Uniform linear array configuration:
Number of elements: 32
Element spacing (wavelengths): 0.5
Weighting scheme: binomial
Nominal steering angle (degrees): -60
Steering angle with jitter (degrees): -61.393
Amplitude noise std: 0.05
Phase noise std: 0.05

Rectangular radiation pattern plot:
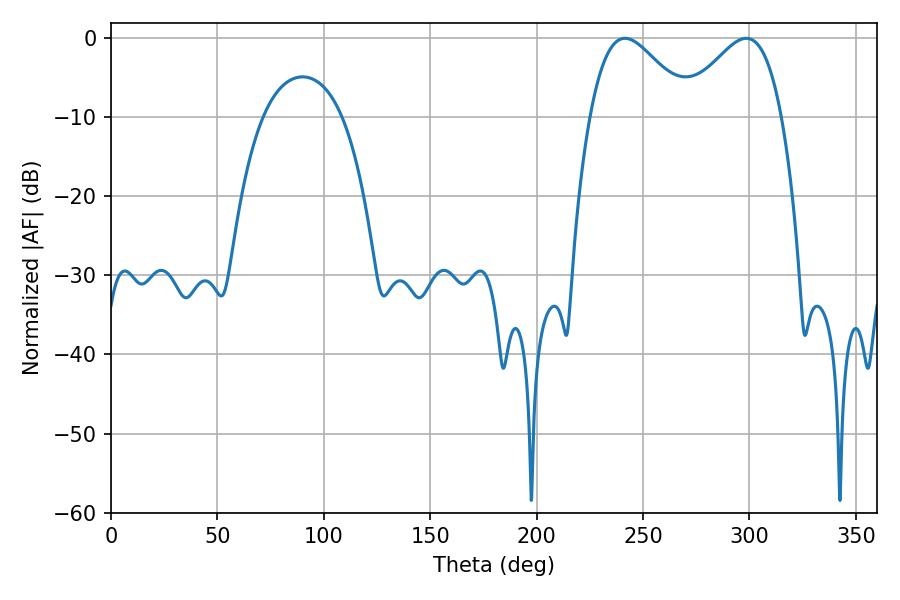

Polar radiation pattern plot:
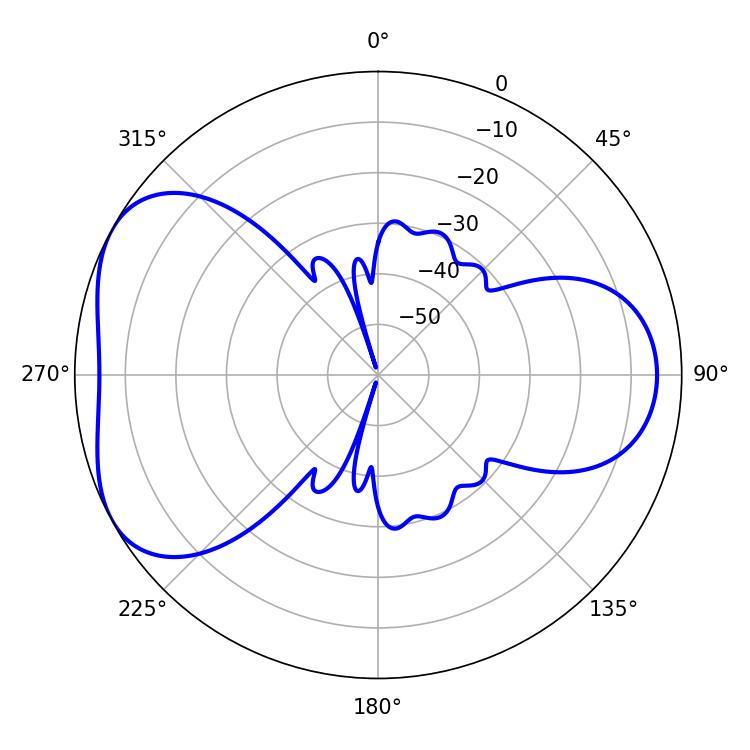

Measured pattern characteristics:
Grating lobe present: FALSE
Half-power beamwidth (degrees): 25.2
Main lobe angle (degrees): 241.56